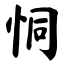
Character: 恫